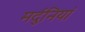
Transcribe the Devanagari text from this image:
मर्दुनियां